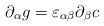
LaTeX: \begin{align*}\partial_{\alpha} g =\varepsilon_{\alpha \beta} \partial_{\beta} c\end{align*}